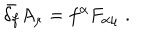
\bar { \delta _ { f } } A _ { \mu } = f ^ { \alpha } F _ { \alpha \mu } \; .